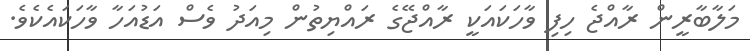
މަލާބާރީން ރާއްޖެ ހިފި ވާހަކައަކީ ރާއްޖޭގެ ރައްޔިތުން މިއަދު ވެސް އަޑުއަހާ ވާހަކައެކެވެ.